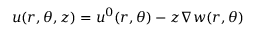
\boldsymbol { { u } } ( r , \theta , z ) = \boldsymbol { { u } } ^ { 0 } ( r , \theta ) - z \nabla w ( r , \theta )